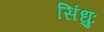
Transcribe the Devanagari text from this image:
सिंधुः